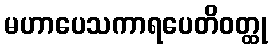
မဟာပေသကာရပေတိဝတ္ထု